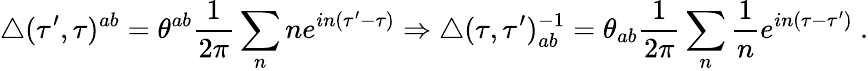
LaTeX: \triangle(\tau^{\prime},\tau)^{ab}=\theta^{ab}\frac{1}{2\pi}\sum_{n}ne^{in(\tau^{\prime}-\tau)}\Rightarrow\triangle(\tau,\tau^{\prime})_{ab}^{-1}=\theta_{ab}\frac{1}{2\pi}\sum_{n}\frac{1}{n}e^{in(\tau-\tau^{\prime})}\ .